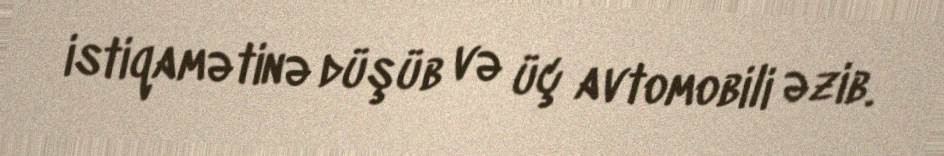
istiqamətinə düşüb və üç avtomobili əzib.